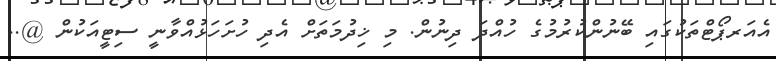
އެއަރޕޯޓްތަކުގައި ބޭނުންކުރުމުގެ ހުއްދަ ދިނުން. މި ޚިދުމަތަށް އެދި ހުށަހަޅުއްވާނީ ސިޓީއަކުން @..